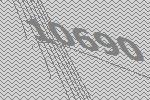
10690